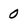
Character: 0